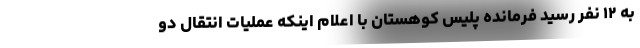
به ۱۲ نفر رسید فرمانده پلیس کوهستان با اعلام اینکه عملیات انتقال دو